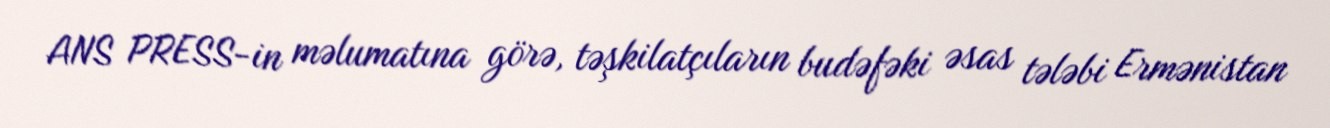
ANS PRESS-in məlumatına görə, təşkilatçıların budəfəki əsas tələbi Ermənistan